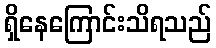
ရှိနေကြောင်းသိရသည်